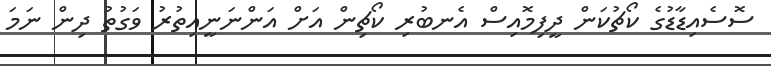
ސޮސެއިޑާޑުގެ ކޯޗުކަން ދީފިމޮއިސް އެނބުރި ކޯޗިން އަށް އަންނަނީއިތުރު ވަގުތު ދިން ނަމަ